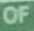
OF